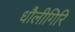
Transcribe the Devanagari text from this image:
धौलीगिरि